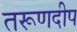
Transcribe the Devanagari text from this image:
तरूणदीप